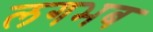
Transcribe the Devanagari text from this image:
लगभब